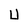
Character: U